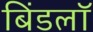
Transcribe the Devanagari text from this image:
बिंडलॉ